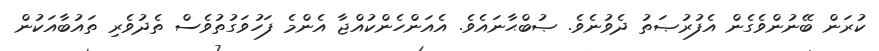
ކުރަން ބޭނުންވެގެން އެފުރުޞަތު ދެވުނެވެ. ޞުބްޙާނައެވެ. އެއަންހެންކުއްޖާ އެންމެ ފަހުވަގުތުވެސް ތެދުވެރި ތައުބާއަކުން